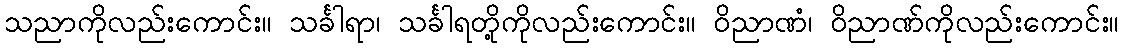
သညာကိုလည်းကောင်း။ သင်္ခါရာ၊ သင်္ခါရတို့ကိုလည်းကောင်း။ ဝိညာဏံ၊ ဝိညာဏ်ကိုလည်းကောင်း။